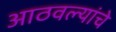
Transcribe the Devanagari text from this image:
आठवल्यांचे